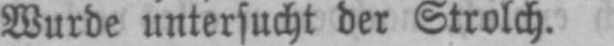
Wurde untersucht der Strolch.